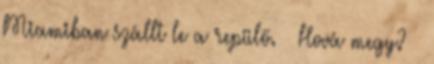
Miamiban szállt le a repülő. – Hová megy? –